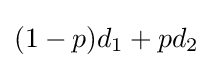
(1-p)d_{1}+pd_{2}